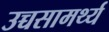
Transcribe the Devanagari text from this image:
उच्चसामर्थ्य